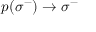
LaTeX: \: p ( \sigma ^ { - } ) \rightarrow \sigma ^ { - } \: